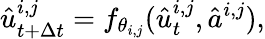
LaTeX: \hat{u}_{t+\Delta t}^{i,j}=f_{\theta_{i,j}}(\hat{u}_{t}^{i,j},\hat{a}^{i,j}),